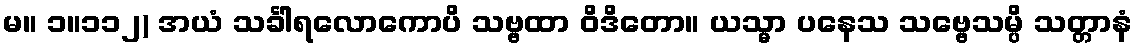
မ။ ၁။၁၁၂) အယံ သင်္ခါရလောကောပိ သဗ္ဗထာ ဝိဒိတော။ ယသ္မာ ပနေသ သဗ္ဗေသမ္ပိ သတ္တာနံ